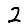
Digit: 2